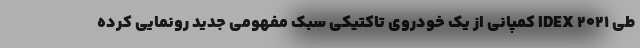
طی IDEX 2021 کمپانی از یک خودروی تاکتیکی سبک مفهومی جدید رونمایی کرده